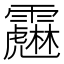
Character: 𩆱